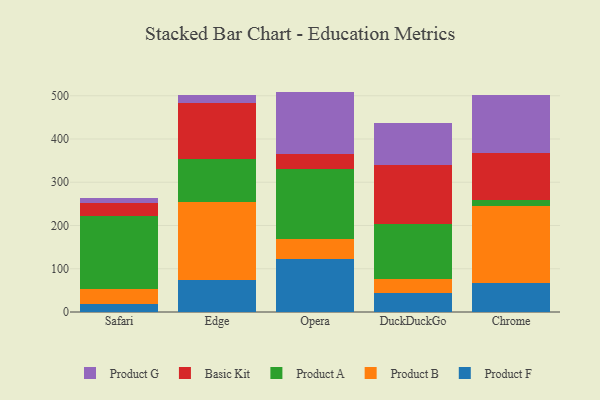
{"axis": {"x": "Browser", "y": "Churn Rate (%)"}, "legend": ["Basic Kit", "Product A", "Product B", "Product F", "Product G"], "data": [{"x": "Safari", "y": 19.6, "type": "Product F"}, {"x": "Safari", "y": 33.9, "type": "Product B"}, {"x": "Safari", "y": 169.0, "type": "Product A"}, {"x": "Safari", "y": 29.4, "type": "Basic Kit"}, {"x": "Safari", "y": 12.7, "type": "Product G"}, {"x": "Edge", "y": 75.1, "type": "Product F"}, {"x": "Edge", "y": 178.9, "type": "Product B"}, {"x": "Edge", "y": 100.9, "type": "Product A"}, {"x": "Edge", "y": 129.3, "type": "Basic Kit"}, {"x": "Edge", "y": 16.6, "type": "Product G"}, {"x": "Opera", "y": 121.8, "type": "Product F"}, {"x": "Opera", "y": 47.3, "type": "Product B"}, {"x": "Opera", "y": 162.2, "type": "Product A"}, {"x": "Opera", "y": 33.4, "type": "Basic Kit"}, {"x": "Opera", "y": 144.9, "type": "Product G"}, {"x": "DuckDuckGo", "y": 43.4, "type": "Product F"}, {"x": "DuckDuckGo", "y": 33.7, "type": "Product B"}, {"x": "DuckDuckGo", "y": 125.8, "type": "Product A"}, {"x": "DuckDuckGo", "y": 135.9, "type": "Basic Kit"}, {"x": "DuckDuckGo", "y": 98.2, "type": "Product G"}, {"x": "Chrome", "y": 67.9, "type": "Product F"}, {"x": "Chrome", "y": 176.7, "type": "Product B"}, {"x": "Chrome", "y": 14.4, "type": "Product A"}, {"x": "Chrome", "y": 108.0, "type": "Basic Kit"}, {"x": "Chrome", "y": 133.7, "type": "Product G"}]}